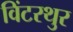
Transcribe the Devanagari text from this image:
विंटरथुर